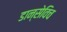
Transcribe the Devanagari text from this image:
डान्सेविच